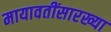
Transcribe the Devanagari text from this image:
मायावतींसारख्या